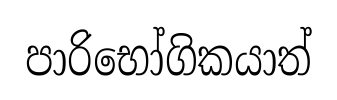
පාරිභෝගිකයාත්